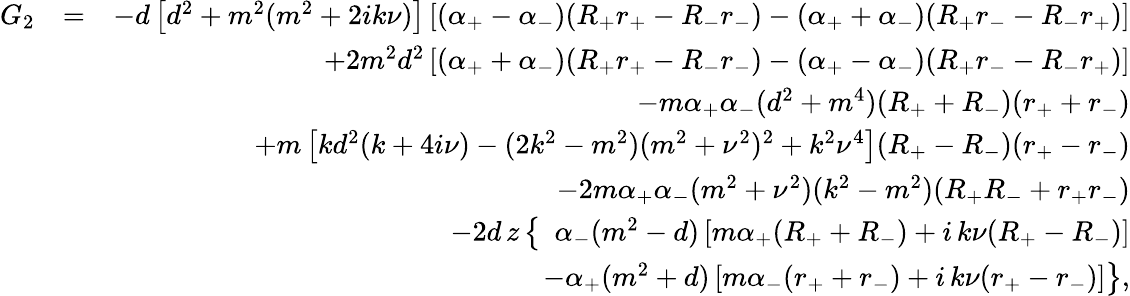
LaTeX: \begin{array}{rlr}{G_{2}}&{=}&{-d\left[d^{2}+m^{2}(m^{2}+2ik\nu)\right]\left[(\alpha_{+}-\alpha_{-})(R_{+}r_{+}-R_{-}r_{-})-(\alpha_{+}+\alpha_{-})(R_{+}r_{-}-R_{-}r_{+})\right]}\\ &{}&{+2m^{2}d^{2}\left[(\alpha_{+}+\alpha_{-})(R_{+}r_{+}-R_{-}r_{-})-(\alpha_{+}-\alpha_{-})(R_{+}r_{-}-R_{-}r_{+})\right]}\\ &{}&{-m\alpha_{+}\alpha_{-}(d^{2}+m^{4})(R_{+}+R_{-})(r_{+}+r_{-})}\\ &{}&{+m\left[kd^{2}(k+4i\nu)-(2k^{2}-m^{2})(m^{2}+\nu^{2})^{2}+k^{2}\nu^{4}\right](R_{+}-R_{-})(r_{+}-r_{-})}\\ &{}&{-2m\alpha_{+}\alpha_{-}(m^{2}+\nu^{2})(k^{2}-m^{2})(R_{+}R_{-}+r_{+}r_{-})}\\ &{}&{-2d\, z\left\{ \ \ \alpha_{-}(m^{2}-d)\left[m\alpha_{+}(R_{+}+R_{-})+i\, k\nu(R_{+}-R_{-})\right]\right.}\\ &{}&{\qquad\quad\left.-\alpha_{+}(m^{2}+d)\left[m\alpha_{-}(r_{+}+r_{-})+i\, k\nu(r_{+}-r_{-})\right]\right\} ,}\end{array}